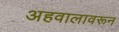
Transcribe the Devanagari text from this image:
अहवालावरून